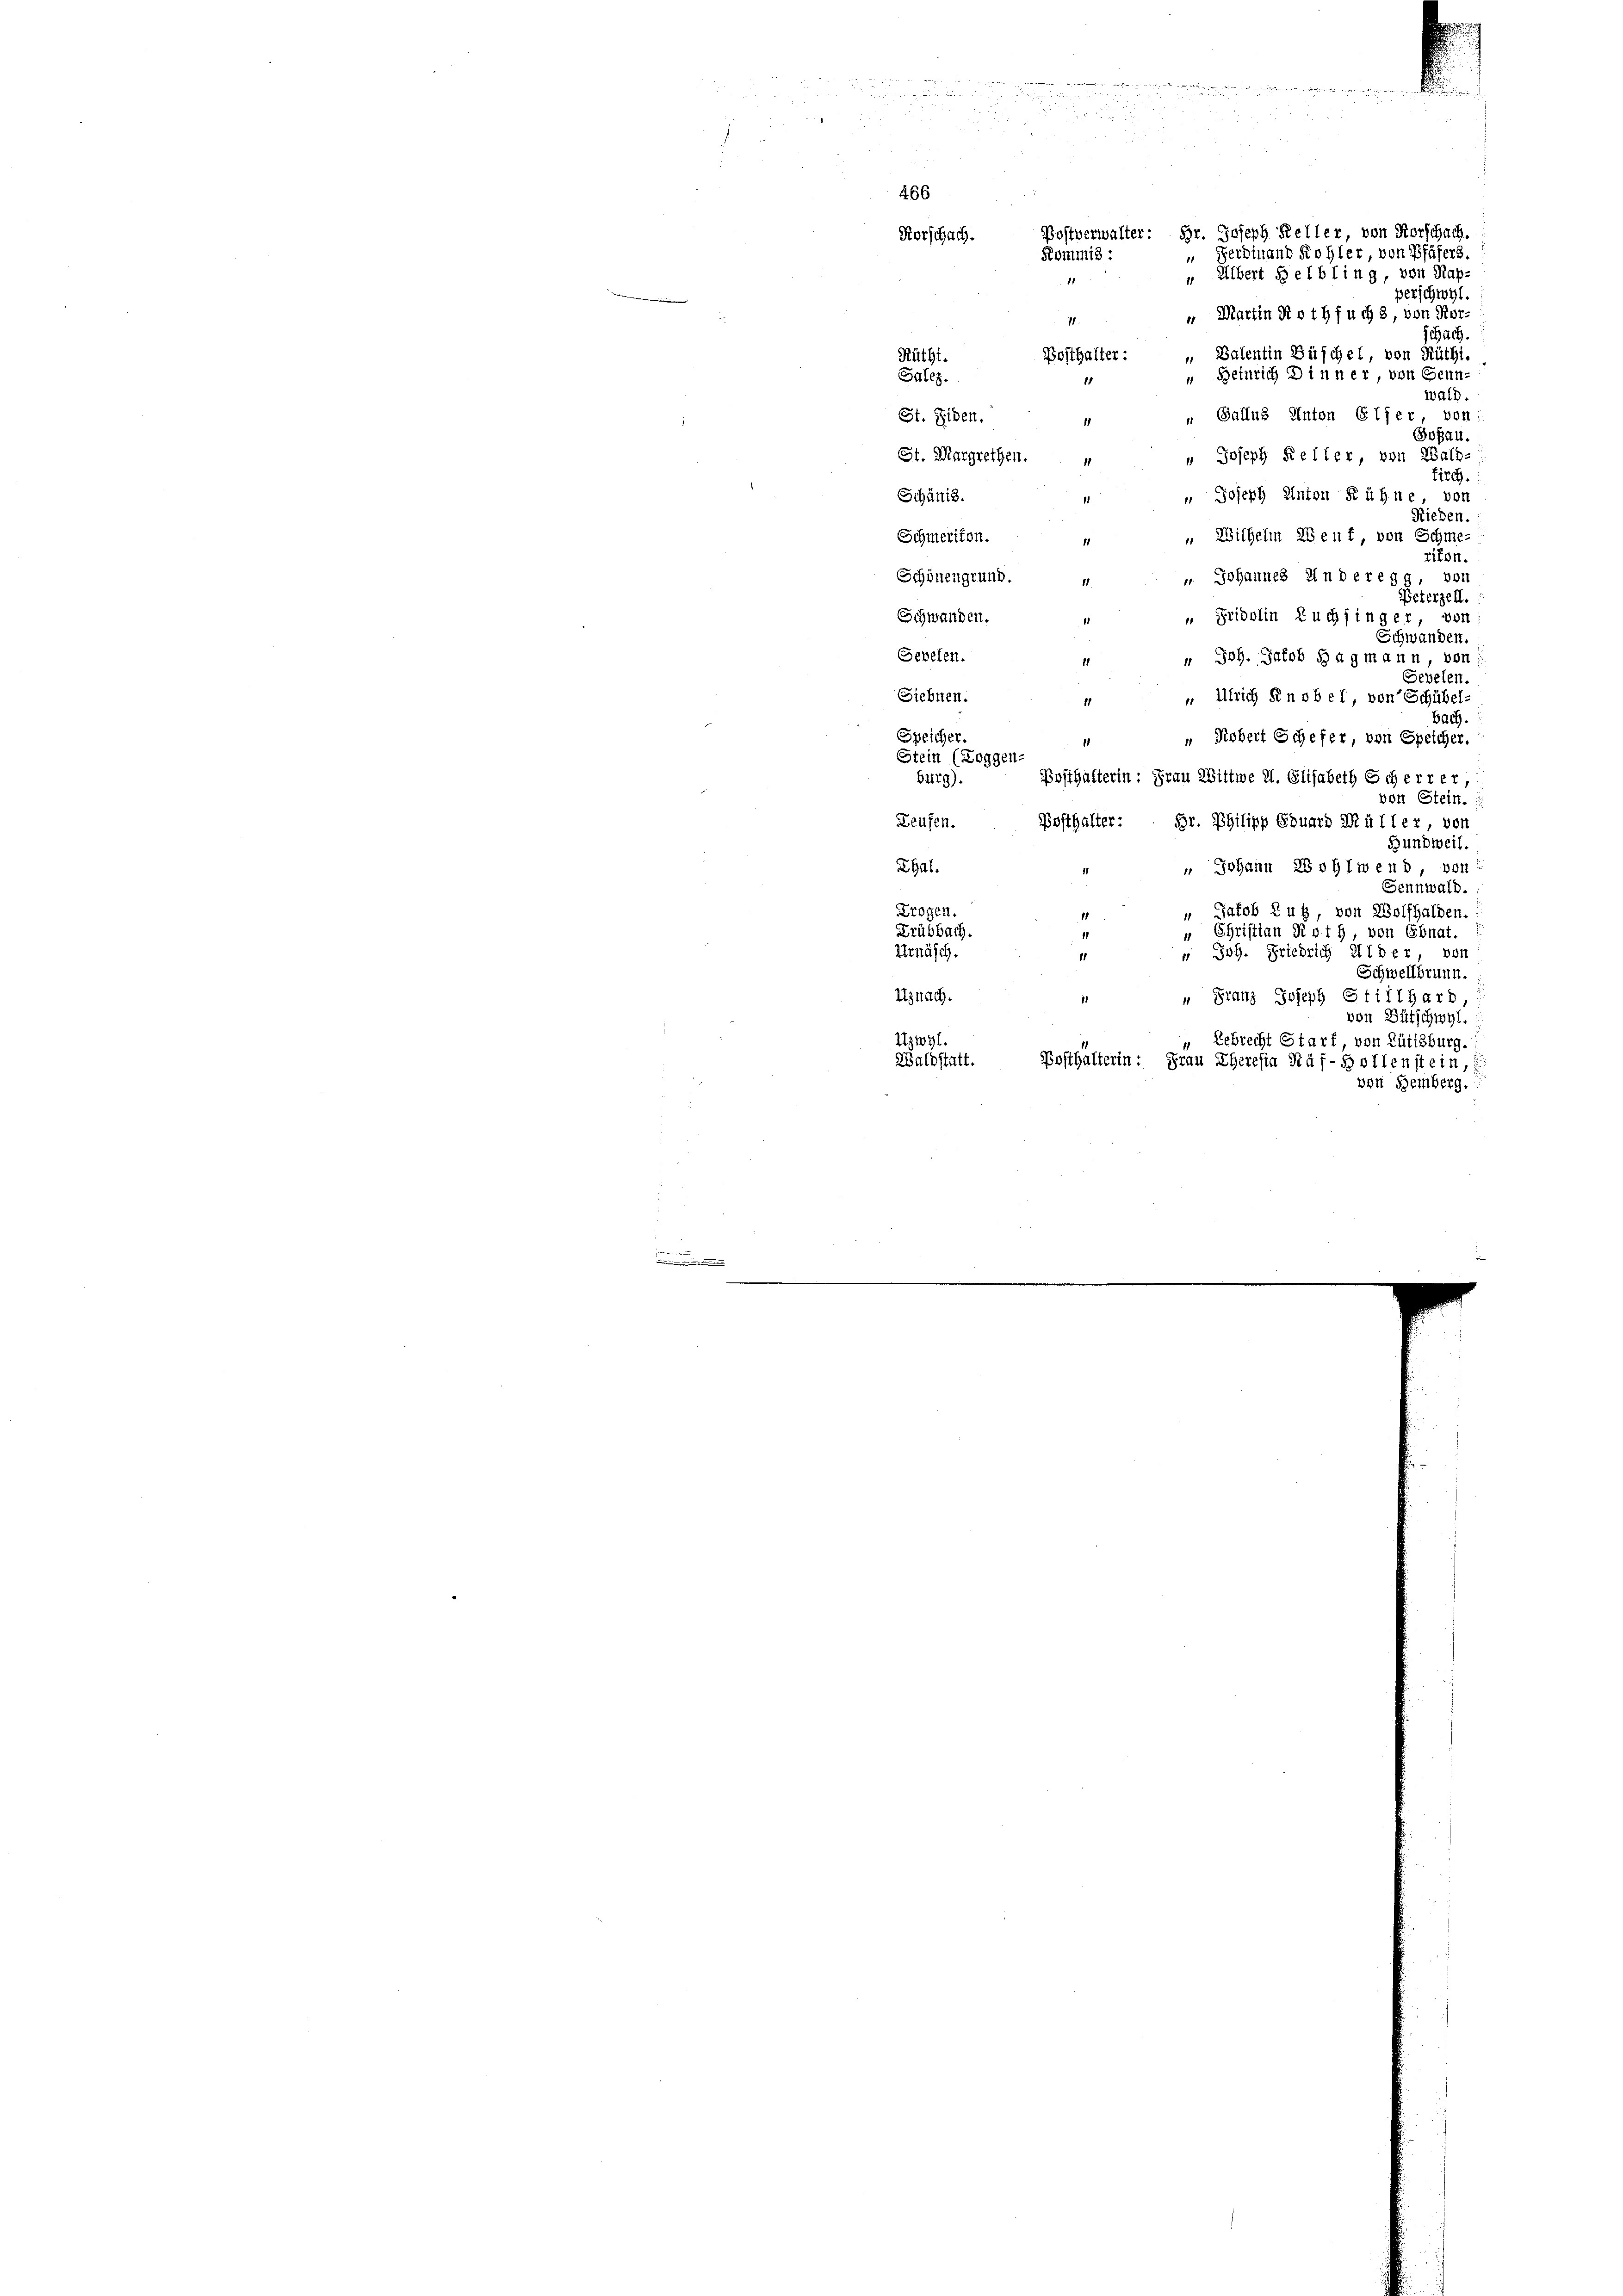
Postverwalter: Hr. Joseph Keller, von Forschach.
“ Ferdinand Kohler, von Pfäfers.
" Albert Helbling, von Rapperschwyl.
i |
“ Martin Rothfuchs, von Kor¬
11.
schach.
Bosthalter: „Balentin Büschel, von Rüthi
Rüthi.
“ Beinrich Dinner, von Senn-
Salez.
wald.
 Gallus Anton Glier, von
St. Eiden,
1
Goßau.
St. Margrethen.
" Joseph Keller, von Wald-
tirch.
" Joseph Anton Kühne von
Schanis.
Rieden.
„ Wilhelm Senf, von Schme-
Schmeriton.
riton.
Schönengrund.
u Johannes Anderegg, vor
11
Peterzell.
Schwanden.
„ Fridolin Tuchfinger, von
Schwanden.
Sevelen.
 Joh. Jacob Hagmann, von
Sevelen.
Siebnen.
 Ulrich Pinobel, von Schübel-
Bach
e
Speicher.
" Robert Schefer, von Speicher.
Stein (Loggen-
Posthalterin: Frau Wittwe H. Elisabeth Sch errer,
burg).
von Stein.
Leufen.
Posthalter: Hr. Philipp Eduard Müller, von
Hundweil.
Thal.
" Johann Wohlwend, von
Sennwald.
Trogen.
 Jakob Zug, von Wolfhalden.
1
Drübbach
" Christian Roth, von Ebnat.
Urnäsch.
 Joh. Friedrich Alder, von
Schwellbrunn.
Uznach.
e
" Franz Joseph Stillhard,
von Gütschwyl.
Uzwyl
Lebrecht Starf, von Rütisburg.
Waldstatt. Posthalterin: Frau Eheresia Näf-Wolfenstein,
von Bemberg.

466
Korschach.
Kommis :
1